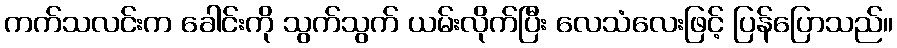
ကက်သလင်းက ခေါင်းကို သွက်သွက် ယမ်းလိုက်ပြီး လေသံလေးဖြင့် ပြန်ပြောသည်။